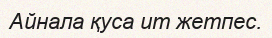
Айнала қуса ит жетпес.